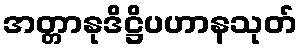
အတ္တာနုဒိဋ္ဌိပဟာနသုတ်